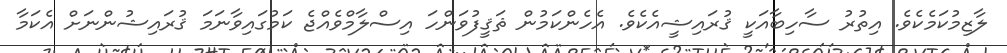
ލާޒިމުކަމެކެވެ. އިތުރު ސާހިބާއަކީ ޤުރައިޝީއެކެވެ. އެހެންކަމުން ޘަޤީފުވަންހަ އިސްލާމްވެއްޖެ ކަމުގައިވާނަމަ ޤުރައިޝުންނަށް އެކަމާ